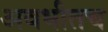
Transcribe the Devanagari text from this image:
अवधीतच